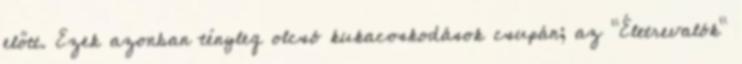
előtt. Ezek azonban tényleg olcsó kukacoskodások csupán; az "Életrevalók"